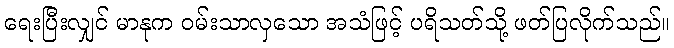
ရေးပြီးလျှင် မာနုက ဝမ်းသာလှသော အသံဖြင့် ပရိသတ်သို့ ဖတ်ပြလိုက်သည်။